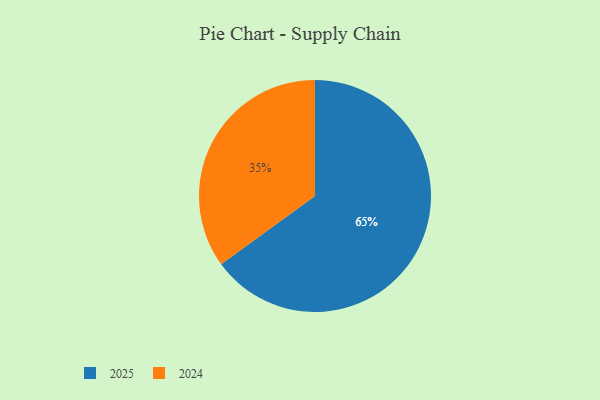
{"axis": {"x": "Category", "y": "Percentage"}, "legend": ["2024", "2025"], "data": [{"x": "2024", "y": 35, "type": "2024"}, {"x": "2025", "y": 65, "type": "2025"}]}